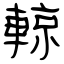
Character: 輬